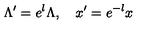
\Lambda ^ { \prime } = e ^ { l } \Lambda , \quad x ^ { \prime } = e ^ { - l } x